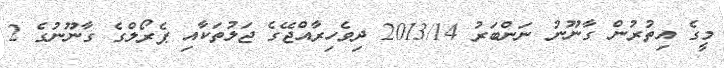
މީގެ އިތުރުން ގާނޫނު ނަންބަރު 2013/14 ދިވެހިރާއްޖޭގެ ޖަލުތަކާއި ޕެރޯލްގެ ގާނޫނުގެ 2